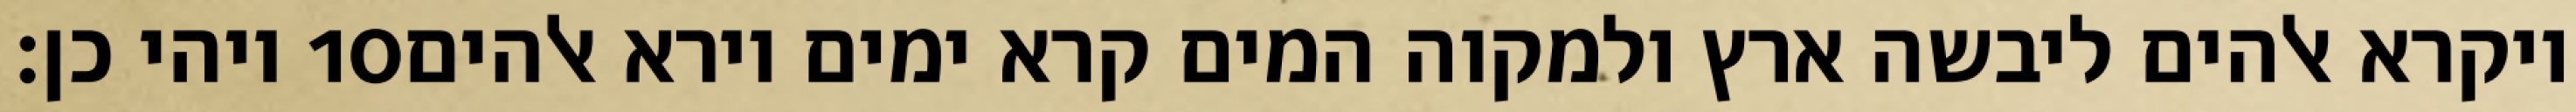
ויהי כן׃ ‎10‏ ויקרא אלהים ליבשה ארץ ולמקוה המים קרא ימים וירא אלהים